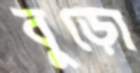
বুড়ো